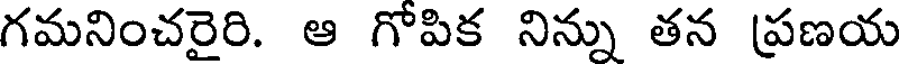
గమనించరైరి. ఆ గోపిక నిన్ను తన (ప్రణయ